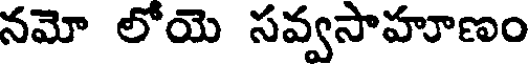
నమో లోయె సవ్వసాహూణం